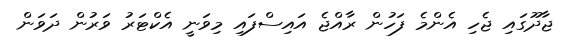
ޖާދޫގައި ޖެހި އެންމެ ފަހުން ރާއްޖެ އައިސްފައި މިވަނީ އެކްޓަރު ވަރުން ދަވަން